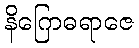
နိဂြောဓရာဇေ